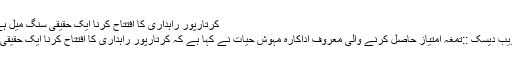
کرتارپور راہداری کا افتتاح کرنا ایک حقیقی سنگ میل ہے مہوش حیات
کراچی: جدت ویب دیسک ::تمغہ امتیاز حاصل کرنے والی معروف اداکارہ مہوش حیات نے کہا ہے کہ کرتارپور راہداری کا افتتاح کرنا ایک حقیقی سنگ میل ہے۔